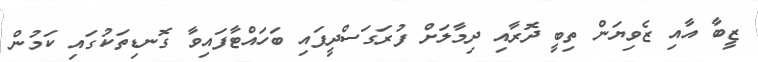
ޒީބާ އާއި ޒެވިޔަން ތިބީ ދޮރާއި ދިމާލަށް ފުރަގަސްދީފައި ބަހައްޓާފައިވާ ގޮނޑިތަކުގައި ކަމުން